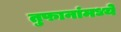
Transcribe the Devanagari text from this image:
तुफानांमध्ये